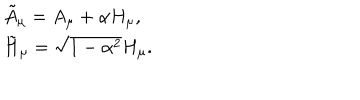
\begin{array} { l l } { { \tilde { A } _ { \mu } = A _ { \mu } + \alpha H _ { \mu } , } } \\ { { \tilde { H } _ { \mu } = \sqrt { 1 - \alpha ^ { 2 } } H _ { \mu } . } } \\ \end{array}